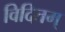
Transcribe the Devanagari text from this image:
विदितम्